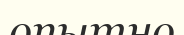
опытно